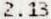
2.13